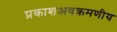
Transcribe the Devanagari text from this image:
प्रकाशअवक्रमणीय